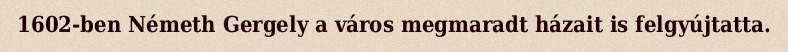
1602-ben Németh Gergely a város megmaradt házait is felgyújtatta.